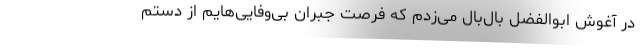
در آغوش ابوالفضل بال‌بال می‌زدم که فرصت جبران بی‌وفایی‌هایم از دستم